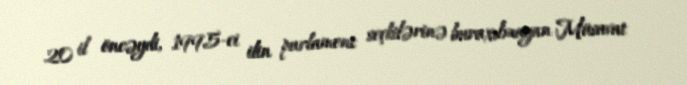
20 il öncəydi, 1995-ci ilin parlament seçkilərinə buraxılmayan Müsavat